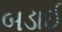
બડાઈ